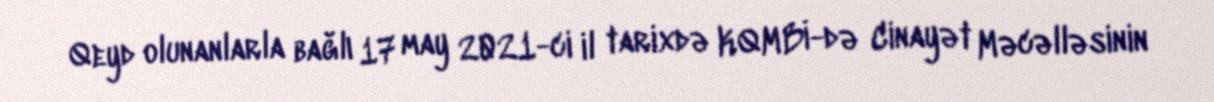
Qeyd olunanlarla bağlı 17 may 2021-ci il tarixdə KQMBİ-də Cinayət Məcəlləsinin